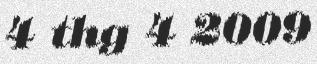
4 thg 4 2009